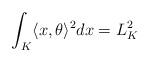
LaTeX: \begin{align*}\int_K\langle x,\theta\rangle^2dx =L_K^2\end{align*}